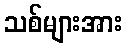
သစ်များအား